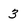
Character: 3